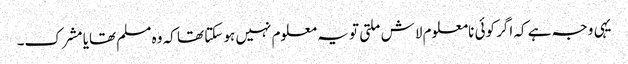
یہی وجہ ہے کہ اگر کوئی نامعلوم لاش ملتی تو یہ معلوم نہیں ہو سکتا تھا کہ وہ مسلم تھایا مشرک۔